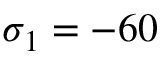
\sigma _ { 1 } = - 6 0